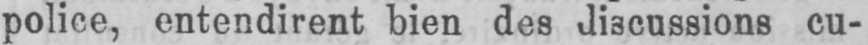
cu-